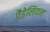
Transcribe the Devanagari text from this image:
पैडेलियन